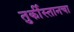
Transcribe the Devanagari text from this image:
तुर्कीस्तानचा